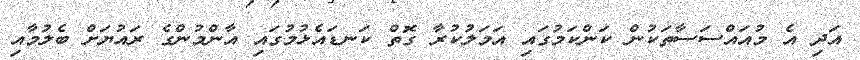
އަދި އެ މުއައްސަސާތަކުން ކަންކަމުގައި އަމަލުކުރާ ގޮތް ކަނޑައެޅުމުގައި އާންމުންގެ ރައުޔަށް ބެލުމާއި